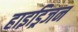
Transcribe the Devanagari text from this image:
हाइड्रिजन